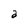
Character: a